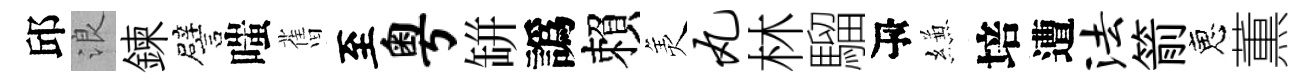
邱浪鍊譬嗤𦾔至粤缾譌賴羙丸林騮瓴縑培遭法箭恵薫